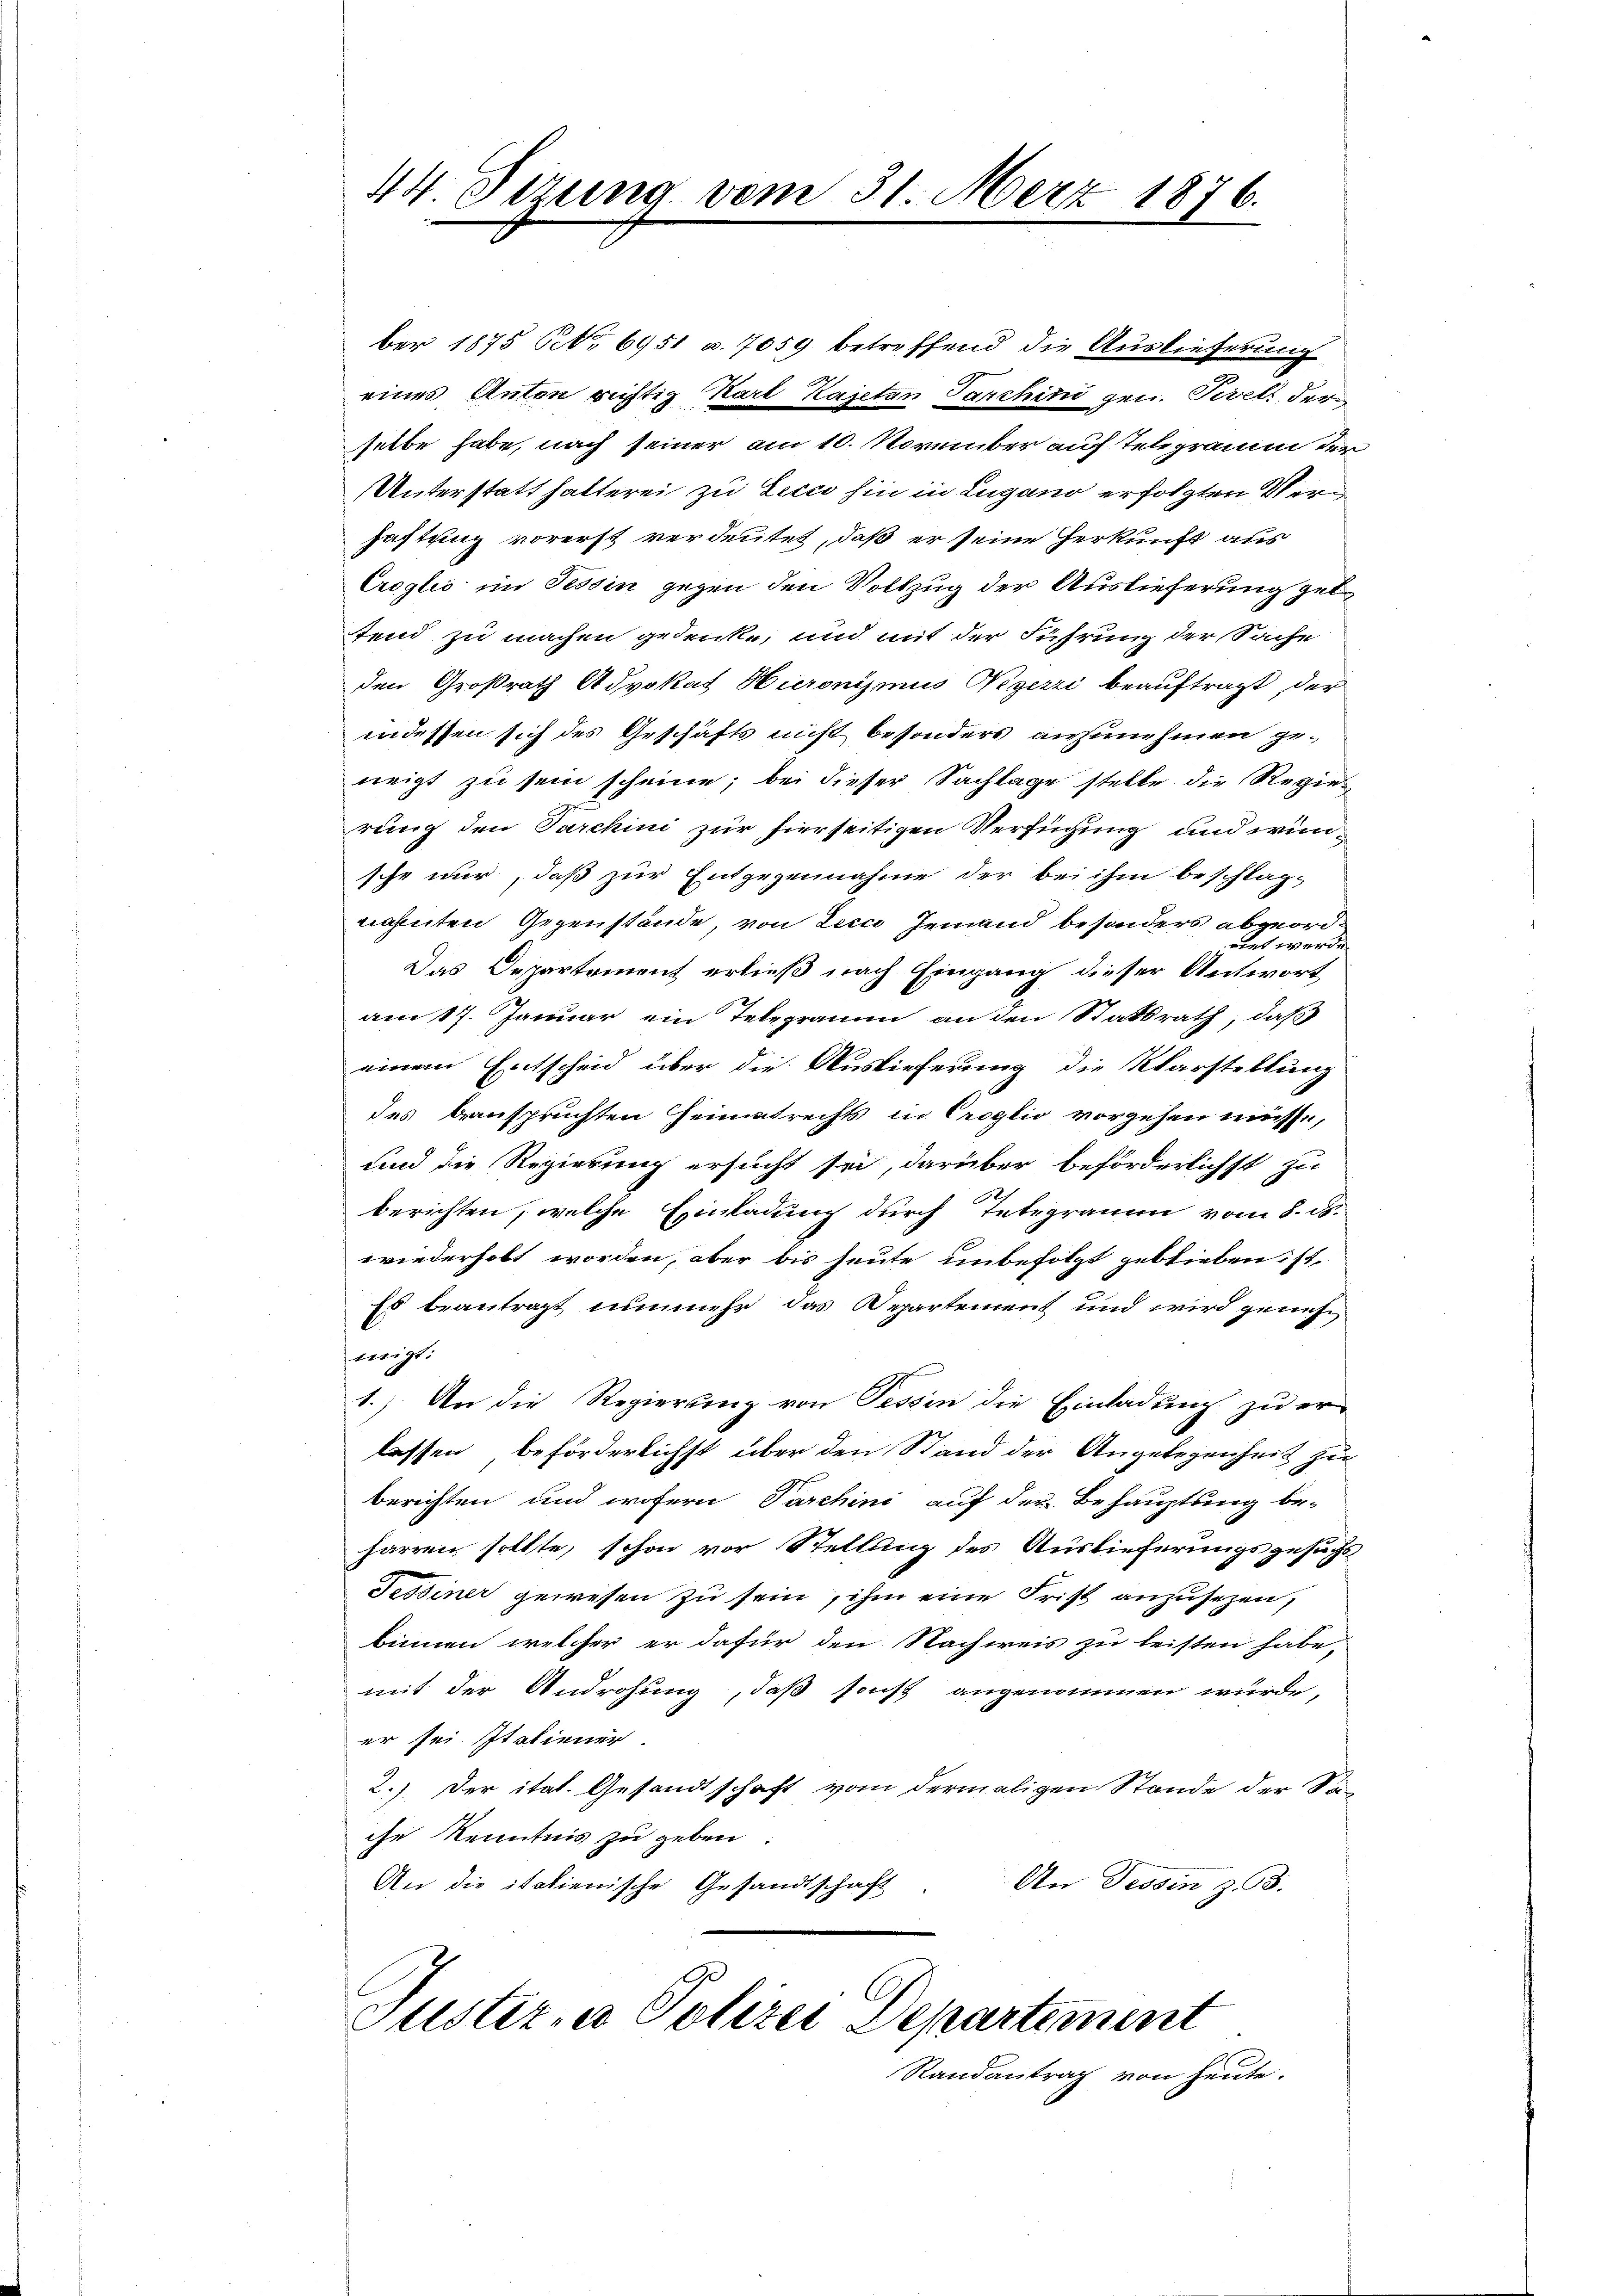
44. Sizung vom 31. März 1876.

ber 1875 Pct. 6951 u. 7059 betreffend die Auslieferung
eines Anton richtig Karl Kajetan Parchini gen. Sevel der
selbe habe, nach seiner am 10. November auf Telegramm der
Unterstatthalterei zu Lein hin in Lugano erfolgten Verhaftung vorerst verdeutet, daß er seine Herkunft aus
Croglić im Tessin gegen den Vollzug der Auslieferung gelfend zu machen gedenke, und mit der Führung der Sache
den Großrath Advokat Hieronismus Negezzi beauftragt, der
indessen sich des Geschäfts nicht besonders anzunehmen ge-
neigt zu sein scheine; bei dieser Sachlage stelle die Regier
rung den Parchini zur hierseitigen Verfügung und wünsche nur, daß zur Entgegennahme der bei ihm beschlagnahten Gegenstände, von der Jemand besonders abgeordrirt werde.
Das Departement erließ nach Eingang dieser Antwort
am 17. Januar ein Telegramm an den Statsrath, daß
einem Entscheid über die Auslieferung die Karstellung
des beanspruchten Heimatrechts in Croglio vorgehen müsse,
und die Regierung ersucht sei, darüber beförderlichst zu
berichten, welche Einladung durch Tetrgraum vom 8. d.
wiederhobt worden, aber bis heute unbefolgt geblieben ist.
Es beantragt nunmehr das Departement und wird genehverge¬
1.) An die Regierung von Sessen die Einladung zu er-
lassen beförderlichst über den Stand der Angelegenheit zu
berichten und wofern Parchini auf der Behauptung be-
harren sollte, schon vor Stellung des Auslieferungsgesuchs
Tessiner gewesen zu sein, ihm eine Frist anzusehen,
binnen, welcher er dafür den Nachweis zu leisten habe,
mit der Androhung, daß sonst angenommen wurde,
er sei. Italiener.
2.) Der ital. Gesandtschaft vom dermaligen Stande der Sa-
che Kenntnis zu geben
An Tessin z. 3.
An die italienische Gesandtschaft

Justiz & Polizei Departement

Randantrag von heute.